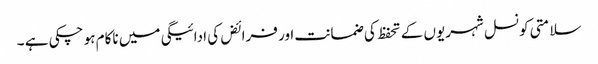
سلامتی کونسل شہریوں کے تحفظ کی ضمانت اور فرائض کی ادائیگی میں ناکام ہو چکی ہے ۔